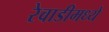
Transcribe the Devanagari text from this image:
रेवाडीमध्ये